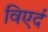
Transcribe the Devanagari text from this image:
विएर्द